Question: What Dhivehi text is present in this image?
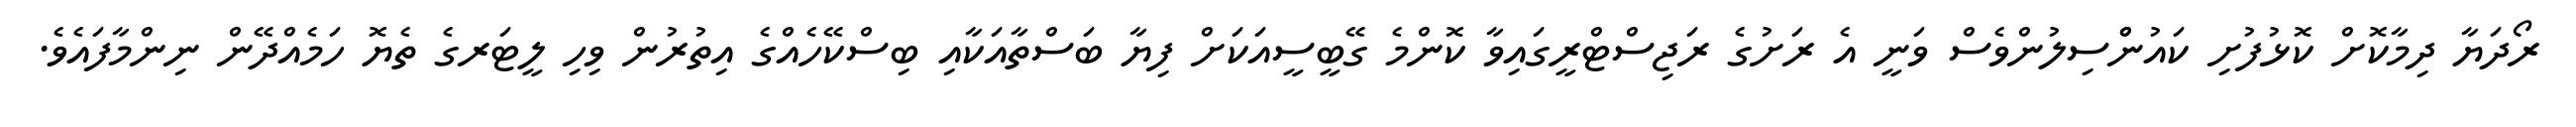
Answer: ރޯދަޔާ ދިމާކޮށް ކޮޅުފުށި ކައުންްސިލުންވެސް ވަނީ އެ ރަށުގެ ރަޖިސްޓްރީގައިވާ ކޮންމެ ގޭބީސީއަކަށް ފިޔާ ބަސްތާއަކާއި ބިސްކޭހެއްގެ އިތުރުން ވިހި ލީޓަރގެ ތެޔޮ ހަމެއްދޭން ނިންމާފައެވެ.